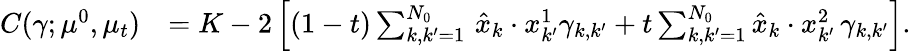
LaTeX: \begin{array}{rl}{C(\gamma;\mu^{0},\mu_{t})}&{=K-2\left[(1-t)\sum_{k,k^{\prime}=1}^{N_{0}}\, \hat{x}_{k}\cdot x_{k^{\prime}}^{1}\gamma_{k,k^{\prime}}+t\sum_{k,k^{\prime}=1}^{N_{0}}\hat{x}_{k}\cdot x_{k^{\prime}}^{2}\, \gamma_{k,k^{\prime}}\right].}\end{array}